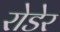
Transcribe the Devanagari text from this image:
रोडेर